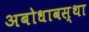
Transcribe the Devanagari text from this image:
अबोधावस्था